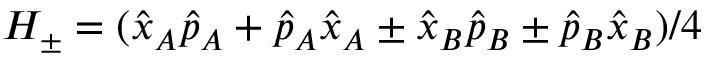
H _ { \pm } = ( \hat { x } _ { A } \hat { p } _ { A } + \hat { p } _ { A } \hat { x } _ { A } \pm \hat { x } _ { B } \hat { p } _ { B } \pm \hat { p } _ { B } \hat { x } _ { B } ) / 4